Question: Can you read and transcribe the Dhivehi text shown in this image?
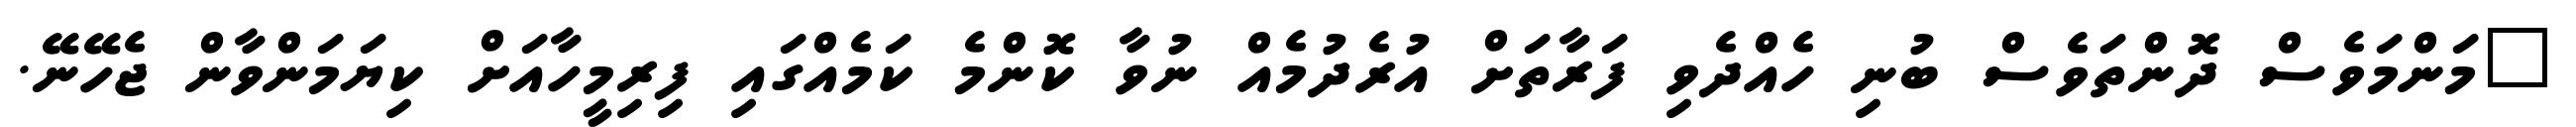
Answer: "މަންމަވެސް ދޮންތަވެސް ބުނި ހެއްދެވި ފަރާތަށް އުރެދުމެއް ނުވާ ކޮންމެ ކަމެއްގައި ފިރިމީހާއަށް ކިޔަމަންވާން ޖެހޭނޭ.